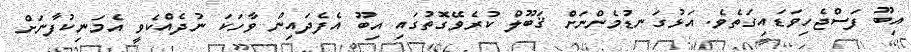
އިބޫ ފަސްޖެހިވަޑައިގަތެވެ. އަޅުގަނޑުމެންނަށް ޤަބޫލް ކުރެވޭގޮތުގައި އިބޫ އެފެދައިން ވާހަކަ ނުދެއްކެވީ އެމަނިކުފާނަށް